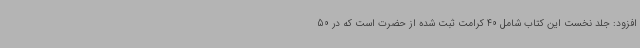
افزود: جلد نخست این کتاب شامل 40 کرامت ثبت شده از حضرت است که در 50